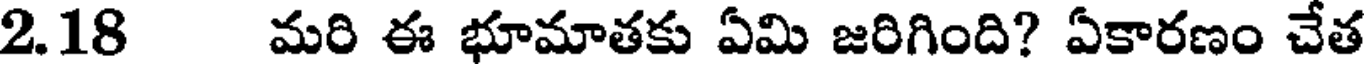
2.18 మరి ఈ భూమాతకు ఏమి జరిగింది? ఏకారణం చేత